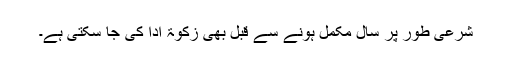
شرعی طور پر سال مکمل ہونے سے قبل بھی زکوۃ ادا کی جا سکتی ہے۔